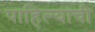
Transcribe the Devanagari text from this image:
पाहिल्याची